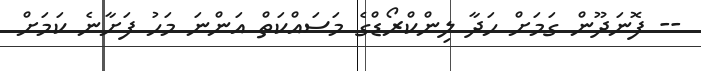
-- ފޮނަދޫން ގަމަށް ހަދާ ލިންކްރޯޑްގެ މަސައްކަތް އަންނަ މަހު ފަށާނެ ކަމަށް